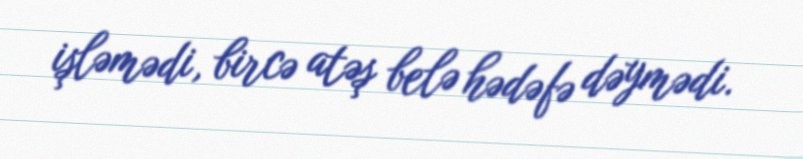
işləmədi, bircə atəş belə hədəfə dəymədi.